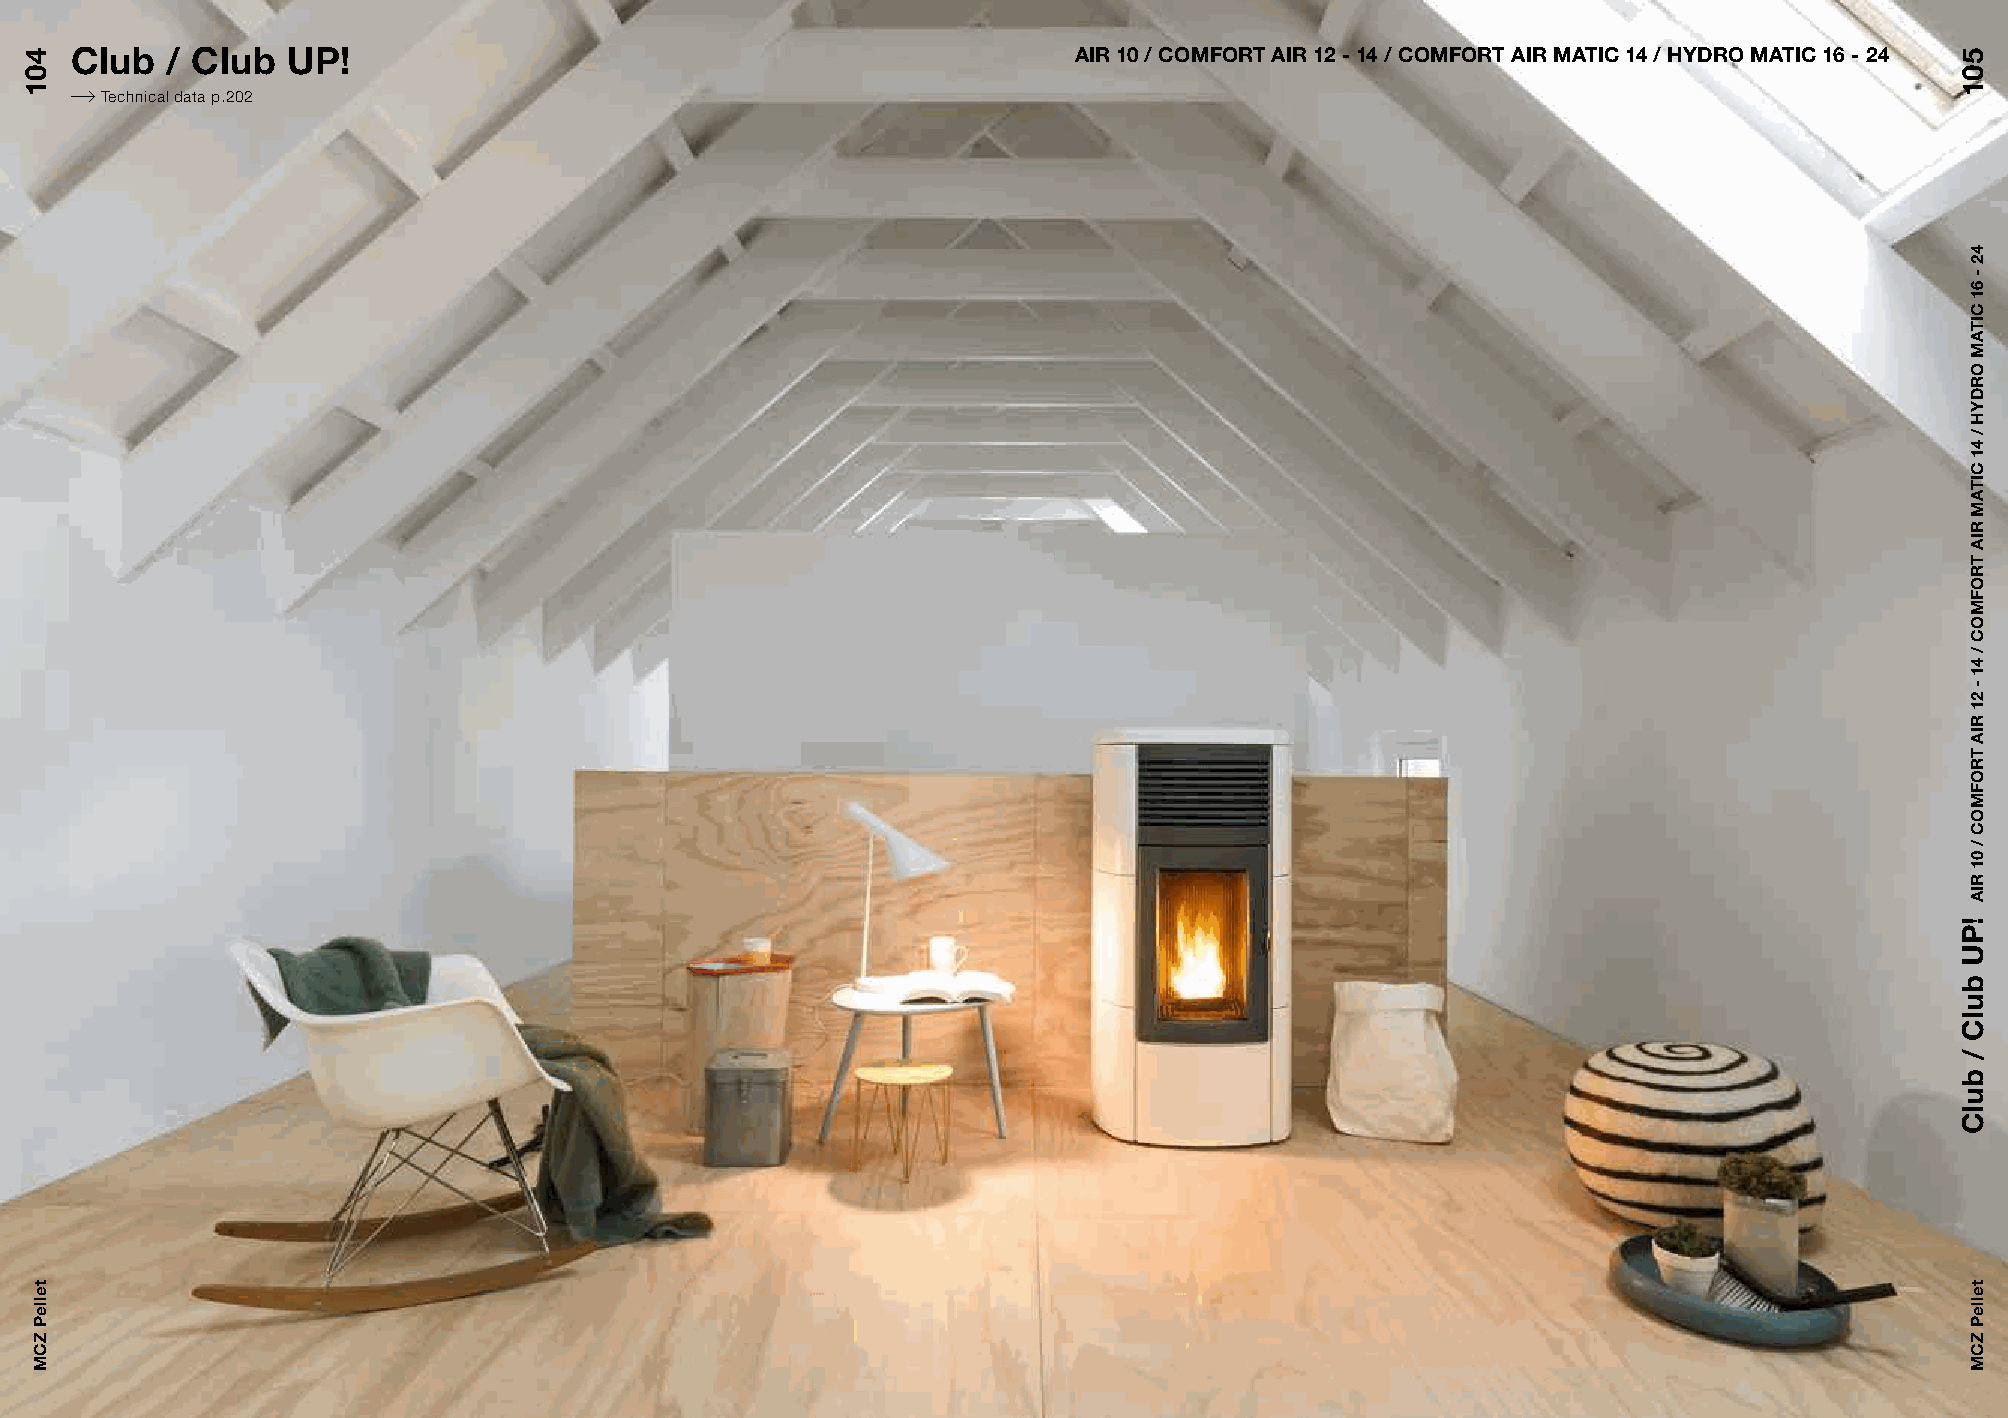
Club  / Club  UP!                                                 AIR 10 / COMFORT AIR 12 - 14 / COMFORT AIR MATIC 14 / HYDRO MATIC 16 - 24
 Technical data p.202
 401
 telleP
 ZCM
 501
 !PU
 bulC
 /
 bulC
 42
 -
 61
 CITAM
 ORDYH
 /
 41
 CITAM
 RIA
 TROFMOC
 /
 41
 -
 21
 RIA
 TROFMOC
 /
 01
 RIA
 telleP
 ZCM